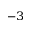
^ { - 3 }